Civil Veterinary Dept. Bombay admin report 1900-1906 - 1900-1906
Year: 1900
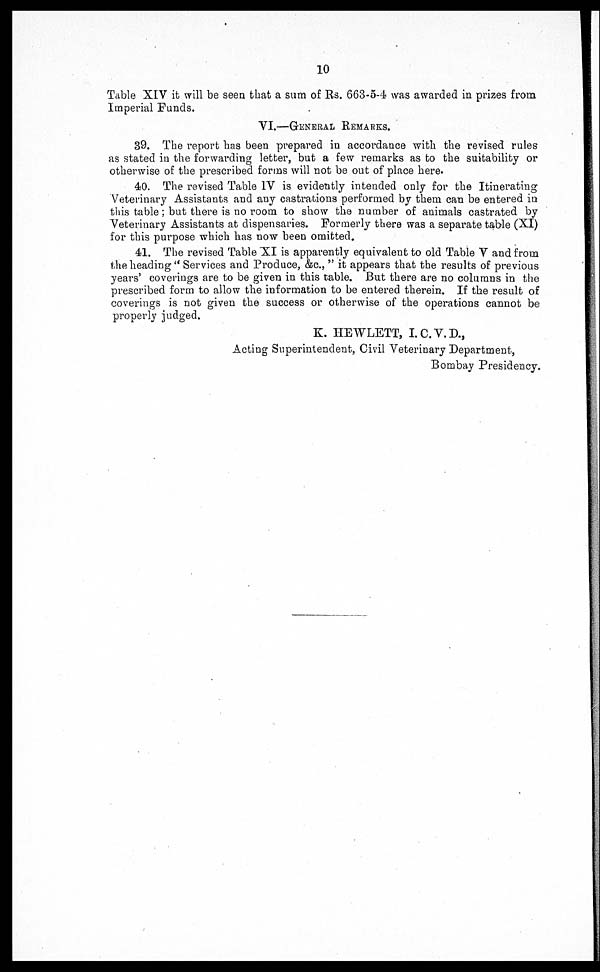
10
Table XIV it will be seen that a sum of Rs. 663-5-4 was awarded in prizes from
Imperial Funds.
VI.—GENERAL REMARKS.
39. The report has been prepared in accordance with the revised rules
as stated in the forwarding letter, but a few remarks as to the suitability or
otherwise of the prescribed forms will not be out of place here.
40. The revised Table IV is evidently intended only for the Itinerating
Veterinary Assistants and any castrations performed by them can be entered in
this table; but there is no room to show the number of animals castrated by
Veterinary Assistants at dispensaries. Formerly there was a separate table (XI)
for this purpose which has now been omitted.
41. The revised Table XI is apparently equivalent to old Table V and from
the heading "Services and Produce, &c.," it appears that the results of previous
years' coverings are to be given in this table. But there are no columns in the
prescribed form to allow the information to be entered therein. If the result of
coverings is not given the success or otherwise of the operations cannot be
properly judged.
K. HEWLETT, I. C. V. D.,
Acting Superintendent, Civil Veterinary Department,
Bombay Presidency.